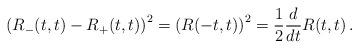
LaTeX: \begin{align*}\left(R_-(t,t)-R_+(t,t)\right)^2 = \left(R(-t,t)\right)^2={1\over 2} {d\over dt} R(t,t) \, .\end{align*}